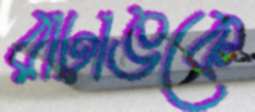
রাঢ়াঙকে